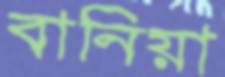
বানিয়া